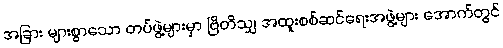
အခြား များစွာသော တပ်ဖွဲ့များမှာ ဗြိတိသျှ အထူးစစ်ဆင်ရေးအဖွဲ့များ အောက်တွင်